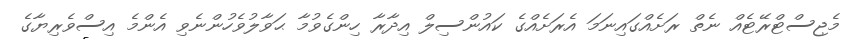
މެޖިސްޓްރޭޓެއް ނެތް ރަށެއްގައިނަމަ އެރަށެއްގެ ކައުންސިލް އިދާރާ ހިންގެވުމާ ޙަވާލުވެހުންނެވި އެންމެ އިސްވެރިޔާގެ